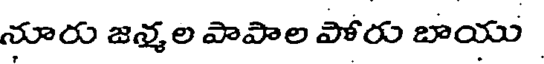
నూరు జన్మల పాపాల పోరు బాయు